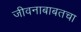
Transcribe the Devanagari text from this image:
जीवनाबाबतचा